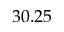
3 0 . 2 5